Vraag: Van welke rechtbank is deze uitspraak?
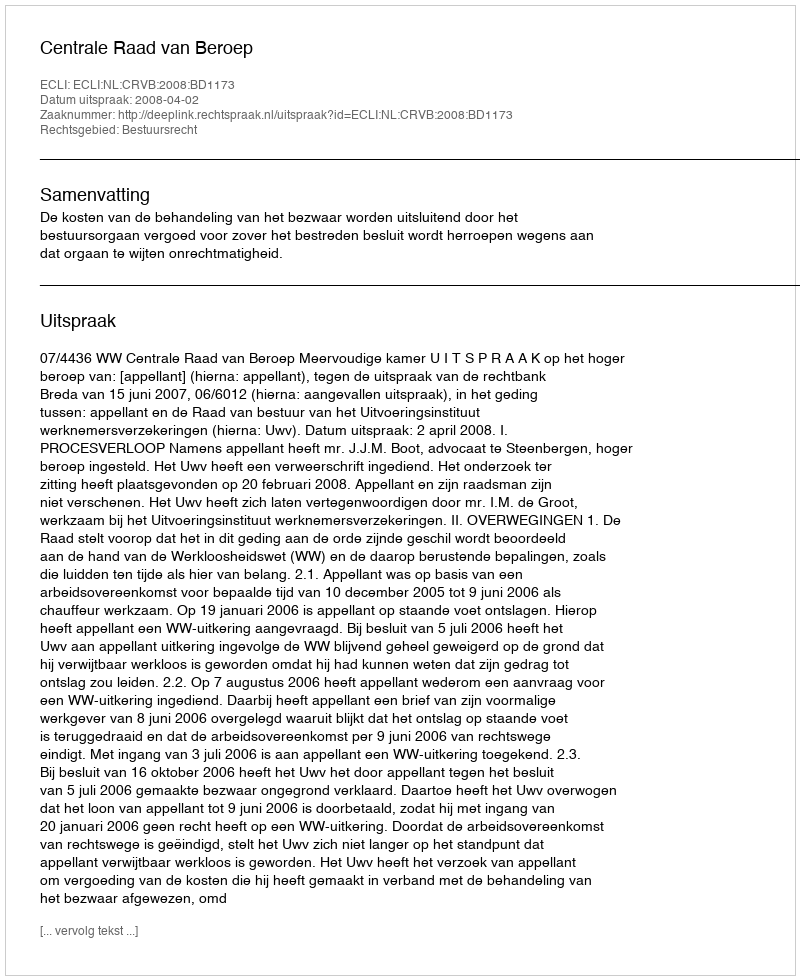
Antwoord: Centrale Raad van Beroep